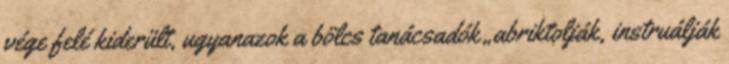
vége felé kiderült, ugyanazok a bölcs tanácsadók „ab­riktol­ják, instruálják